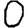
Digit: 0